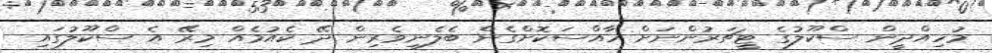
މުހިއްދީން ސްކޫލުގެ ޓީޗަރުންނަށް ހާއްސަކޮށްގެން ބެލެނިވެރިން ދޭ ކެއުމެއް މިރޭ އެ ސްކޫލުގައި